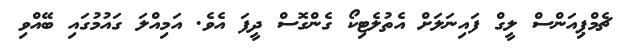
ޗެމްޕިއަންސް ލީގް ފައިނަލަށް އެތުލެޓިކޯ ގެންގޮސް ދީފަ އެވެ. އަމިއްލަ ގައުމުގައި ބޭއްވި